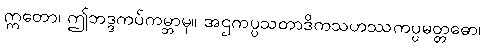
ဣတော၊ ဤဘဒ္ဒကပ်ကမ္ဘာမှ။ အဌကပ္ပသတာဒိကသဟဿကပ္ပမတ္တဓော၊